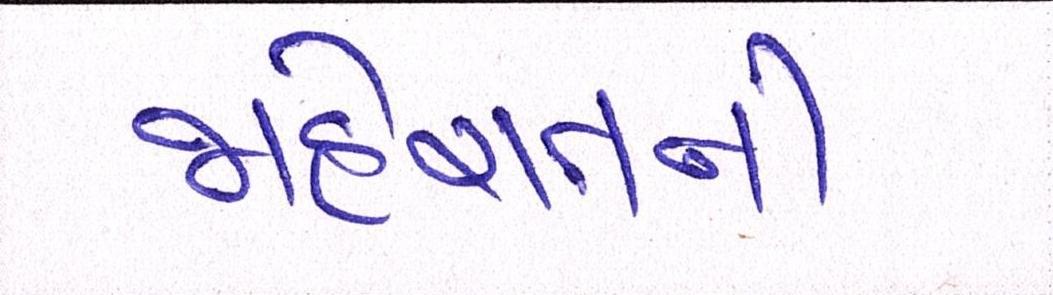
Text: જાહેરાતની